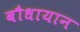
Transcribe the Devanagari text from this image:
बौधायान